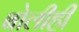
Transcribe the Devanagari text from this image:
बोलीही